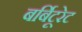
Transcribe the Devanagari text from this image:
बर्बिटूरेट